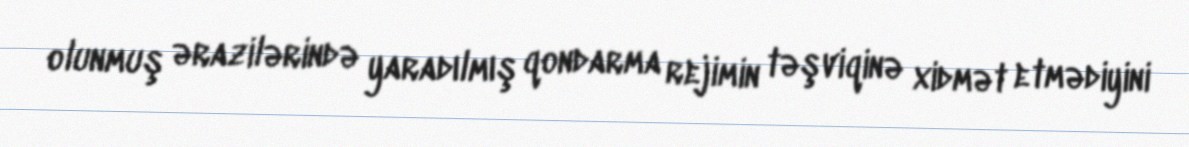
olunmuş ərazilərində yaradılmış qondarma rejimin təşviqinə xidmət etmədiyini